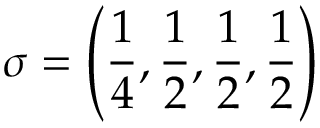
\sigma = \left( \frac { 1 } { 4 } , \frac { 1 } { 2 } , \frac { 1 } { 2 } , \frac { 1 } { 2 } \right)